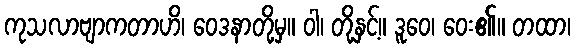
ကုသလာဗျာကတာဟိ၊ ဝေဒနာတို့မှ။ ဝါ၊ တို့နှင့်။ ဒူဝေ၊ ဝေး၏။ တထာ၊